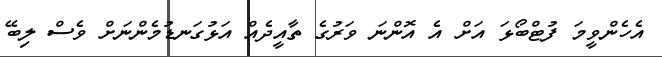
އެހެންވީމަ ފުޓްބޯޅަ އަށް އެ އޮންނަ ވަރުގެ ތާއީދެއް އަޅުގަނޑުމެންނަށް ވެސް ލިބޭ